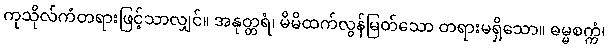
ကုသိုလ်ကံတရားဖြင့်သာလျှင်။ အနုတ္တရံ၊ မိမိထက်လွန်မြတ်သော တရားမရှိသော။ ဓမ္မစက္ကံ၊